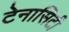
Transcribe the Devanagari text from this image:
टेनासिटी